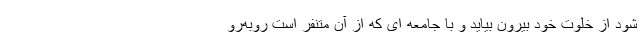
شود از خلوت خود بیرون بیاید و با جامعه ای که از آن متنفر است روبه‌رو